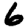
Digit: 6